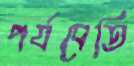
পর্যবেতি